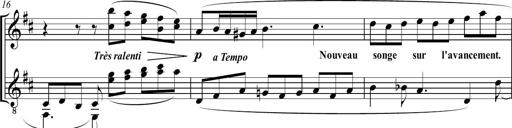
Title: Sonatine bureaucratique
Composer: Erik Satie